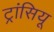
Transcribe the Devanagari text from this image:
ट्रांसियू